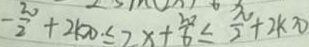
- \frac { \pi } { 2 } + 2 k \pi \leq 2 x + \frac { 2 \pi } { 6 } \leq \frac { \pi } { 2 } + 2 k \pi